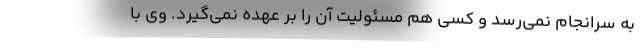
به سرانجام نمی‌رسد و کسی هم مسئولیت آن را بر عهده نمی‌گیرد. وی با